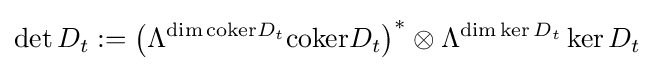
\det D_{t}:=\left(\Lambda ^{\dim {\text{coker}}D_{t}}{\text{coker}}D_{t}\right)^{*}\otimes \Lambda ^{\dim \ker D_{t}}\ker D_{t}